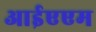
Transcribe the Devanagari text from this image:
आईएएम